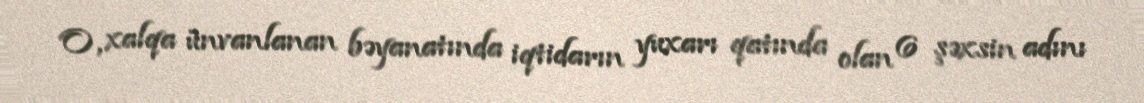
O, xalqa ünvanlanan bəyanatında iqtidarın yuxarı qatında olan 6 şəxsin adını